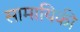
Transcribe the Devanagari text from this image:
सामायिकी